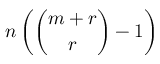
n \left( { \binom { m + r } { r } } - 1 \right)